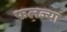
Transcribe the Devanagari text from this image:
फलज्या